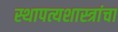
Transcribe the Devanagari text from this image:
स्थापत्यशास्त्रांचा